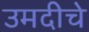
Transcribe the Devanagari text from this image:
उमदीचे